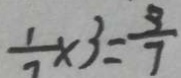
\frac { 1 } { 7 } \times 3 = \frac { 3 } { 7 }